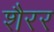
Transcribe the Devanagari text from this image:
शैरर